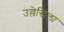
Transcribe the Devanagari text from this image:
उल्लेखिला